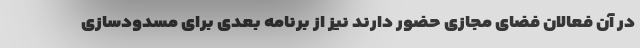
در آن فعالان فضای مجازی حضور دارند نیز از برنامه بعدی برای مسدودسازی